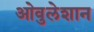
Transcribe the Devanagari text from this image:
ओवुलेशान